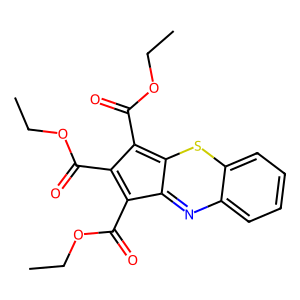
SMILES: CCOC(=O)c1c2nc3ccccc3sc-2c(C(=O)OCC)c1C(=O)OCC
Inhibits HIV replication: No